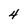
Character: 4